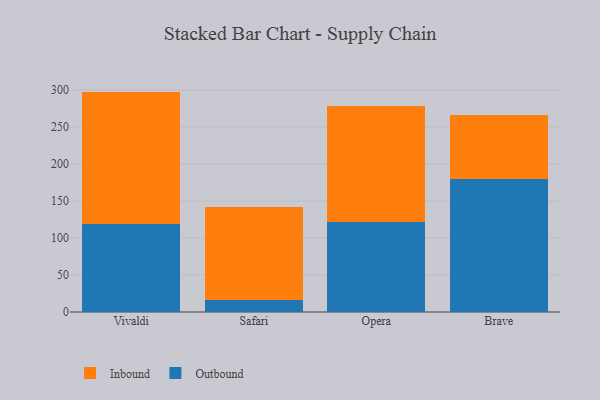
{"axis": {"x": "Browser", "y": "Operating Costs (USD K)"}, "legend": ["Inbound", "Outbound"], "data": [{"x": "Vivaldi", "y": 119.3, "type": "Outbound"}, {"x": "Vivaldi", "y": 178.6, "type": "Inbound"}, {"x": "Safari", "y": 15.6, "type": "Outbound"}, {"x": "Safari", "y": 126.5, "type": "Inbound"}, {"x": "Opera", "y": 121.9, "type": "Outbound"}, {"x": "Opera", "y": 157.2, "type": "Inbound"}, {"x": "Brave", "y": 179.7, "type": "Outbound"}, {"x": "Brave", "y": 86.9, "type": "Inbound"}]}